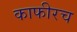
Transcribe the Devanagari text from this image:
काफीरच